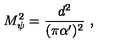
M _ { \psi } ^ { 2 } = { \frac { d ^ { 2 } } { ( \pi \alpha ^ { \prime } ) ^ { 2 } } } \ ,